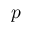
p